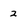
Character: 2